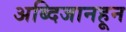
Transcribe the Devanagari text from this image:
अब्दिजानहून